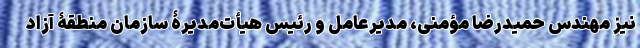
نیز مهندس حمیدرضا مؤمنی، مدیرعامل و رئیس هیأت‌مدیرۀ سازمان منطقۀ آزاد